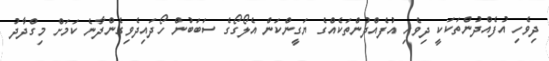
ދިވެހި އުފެއްދުންތަކަކީ ދިވެހި އުފެއްދުންތަކެއްގެ ޔަގީންކަން އެލޯގޯގެ ސަބަބުން ހޯދައިދެވިގެންދާނެ ކަމަށް މިގްދާދު